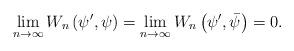
LaTeX: \begin{align*} \lim_{n\to\infty}W_{n}\left(\psi',\psi\right)=\lim_{n\to\infty}W_{n}\left(\psi',\bar{\psi}\right)=0. \end{align*}